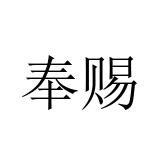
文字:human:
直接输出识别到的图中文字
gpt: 奉赐